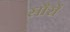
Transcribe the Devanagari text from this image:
सौरों